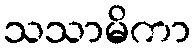
သသာမိကာ